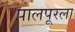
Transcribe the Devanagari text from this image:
पालपूरला